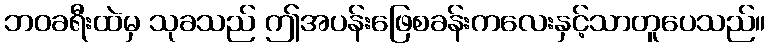
ဘဝခရီးထဲမှ သုခသည် ဤအပန်းဖြေစခန်းကလေးနှင့်သာတူပေသည်။